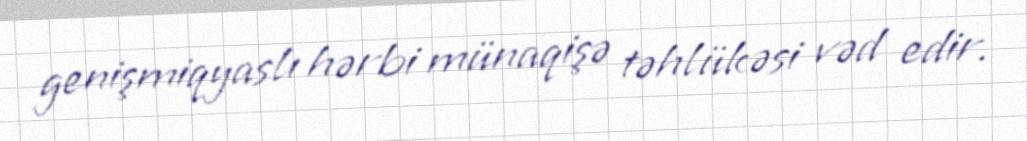
genişmiqyaslı hərbi münaqişə təhlükəsi vəd edir.